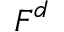
{ \boldsymbol { F } } ^ { d }